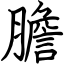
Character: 膽